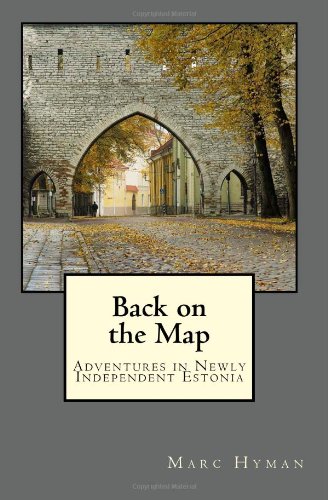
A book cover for Back on the Map: Adventures in Newly-Independent Estonia; Marc Hyman; Travel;